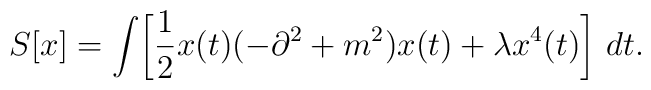
S[x]=\int\!\left[\frac{1}{2}x(t)(-\partial^2+m^2)x(t)+\lambda x^{4}(t)\right]\,dt.